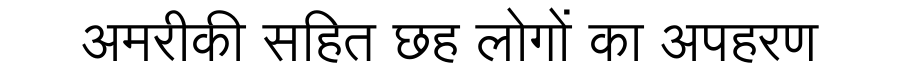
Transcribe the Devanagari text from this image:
अमरीकी सहित छह लोगों का अपहरण